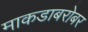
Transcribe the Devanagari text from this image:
माकडाबरोबर